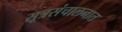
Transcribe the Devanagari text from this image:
सूत्रसंचालनात